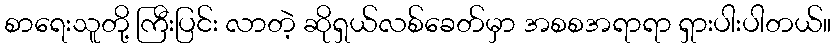
စာရေးသူတို့ ကြီးပြင်း လာတဲ့ ဆိုရှယ်လစ်ခေတ်မှာ အစစအရာရာ ရှားပါးပါတယ်။